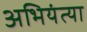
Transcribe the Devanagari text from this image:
अभियंत्या